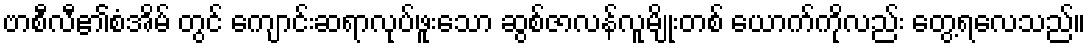
ဗာစီလီ၏စံအိမ် တွင် ကျောင်းဆရာလုပ်ဖူးသော ဆွစ်ဇာလန်လူမျိုးတစ် ယောက်ကိုလည်း တွေ့ရလေသည်။